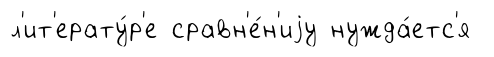
л'ит'ерату́р'е сравн'е́н'иjу нужда́етс'я